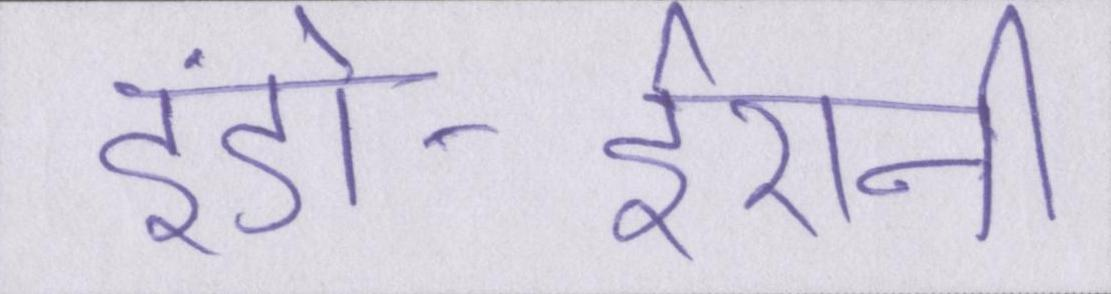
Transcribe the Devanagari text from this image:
इंडो-ईरानी